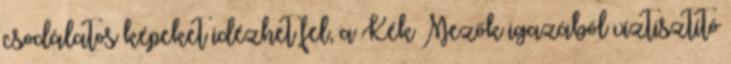
csodálatos képeket idézhet fel, a Kék Mezők igazából víztisztító